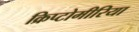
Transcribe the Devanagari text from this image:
क्रिप्टोमीरिया